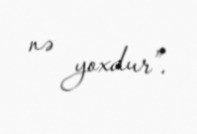
nə yoxdur”.